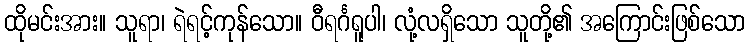
ထိုမင်းအား။ သူရာ၊ ရဲရင့်ကုန်သော။ ဝီရင်္ဂရူပါ၊ လုံ့လရှိသော သူတို့၏ အကြောင်းဖြစ်သော